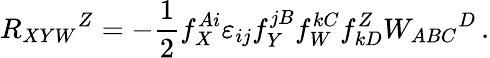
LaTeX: R_{XYW}{}^{Z}=-\frac 12f_{X}^{Ai}\varepsilon_{ij}f_{Y}^{jB}f_{W}^{kC}f_{kD}^{Z}W_{ABC}{}^{D}\, .